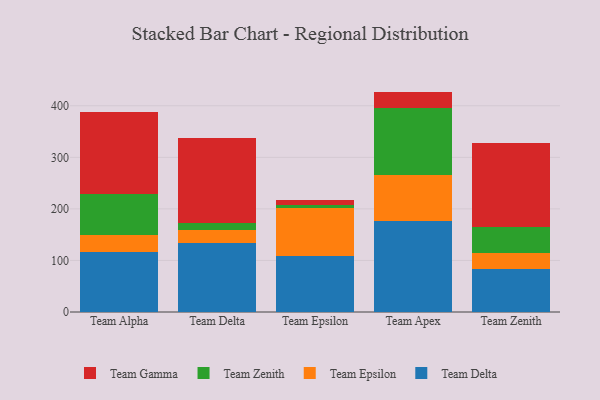
{"axis": {"x": "Team", "y": "Backlog"}, "legend": ["Team Delta", "Team Epsilon", "Team Gamma", "Team Zenith"], "data": [{"x": "Team Alpha", "y": 116.0, "type": "Team Delta"}, {"x": "Team Alpha", "y": 33.0, "type": "Team Epsilon"}, {"x": "Team Alpha", "y": 79.7, "type": "Team Zenith"}, {"x": "Team Alpha", "y": 159.3, "type": "Team Gamma"}, {"x": "Team Delta", "y": 133.2, "type": "Team Delta"}, {"x": "Team Delta", "y": 26.1, "type": "Team Epsilon"}, {"x": "Team Delta", "y": 12.9, "type": "Team Zenith"}, {"x": "Team Delta", "y": 165.7, "type": "Team Gamma"}, {"x": "Team Epsilon", "y": 108.3, "type": "Team Delta"}, {"x": "Team Epsilon", "y": 92.7, "type": "Team Epsilon"}, {"x": "Team Epsilon", "y": 7.1, "type": "Team Zenith"}, {"x": "Team Epsilon", "y": 9.2, "type": "Team Gamma"}, {"x": "Team Apex", "y": 176.1, "type": "Team Delta"}, {"x": "Team Apex", "y": 90.1, "type": "Team Epsilon"}, {"x": "Team Apex", "y": 129.0, "type": "Team Zenith"}, {"x": "Team Apex", "y": 32.3, "type": "Team Gamma"}, {"x": "Team Zenith", "y": 82.8, "type": "Team Delta"}, {"x": "Team Zenith", "y": 32.4, "type": "Team Epsilon"}, {"x": "Team Zenith", "y": 50.1, "type": "Team Zenith"}, {"x": "Team Zenith", "y": 161.9, "type": "Team Gamma"}]}